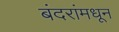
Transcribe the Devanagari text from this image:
बंदरांमधून